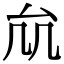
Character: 𠫠